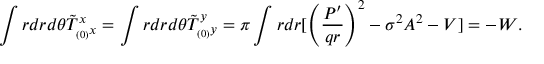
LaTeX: \int r d r d \theta \tilde { T } _ { _ { ( 0 ) } x } ^ { x } = \int r d r d \theta \tilde { T } _ { _ { ( 0 ) } y } ^ { y } = \pi \int r d r [ \left( \frac { P ^ { \prime } } { q r } \right) ^ { 2 } - \sigma ^ { 2 } A ^ { 2 } - V ] = - W .